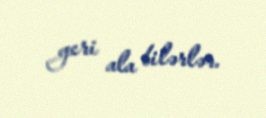
geri ala bilərlər.